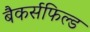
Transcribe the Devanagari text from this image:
बैकर्सफिल्ड